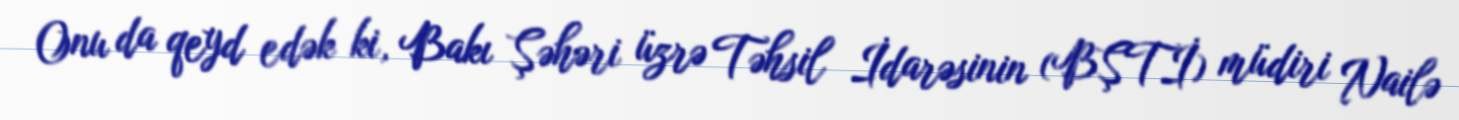
Onu da qeyd edək ki, Bakı Şəhəri üzrə Təhsil İdarəsinin (BŞTİ) müdiri Nailə